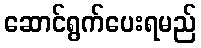
ဆောင်ရွက်ပေးရမည်